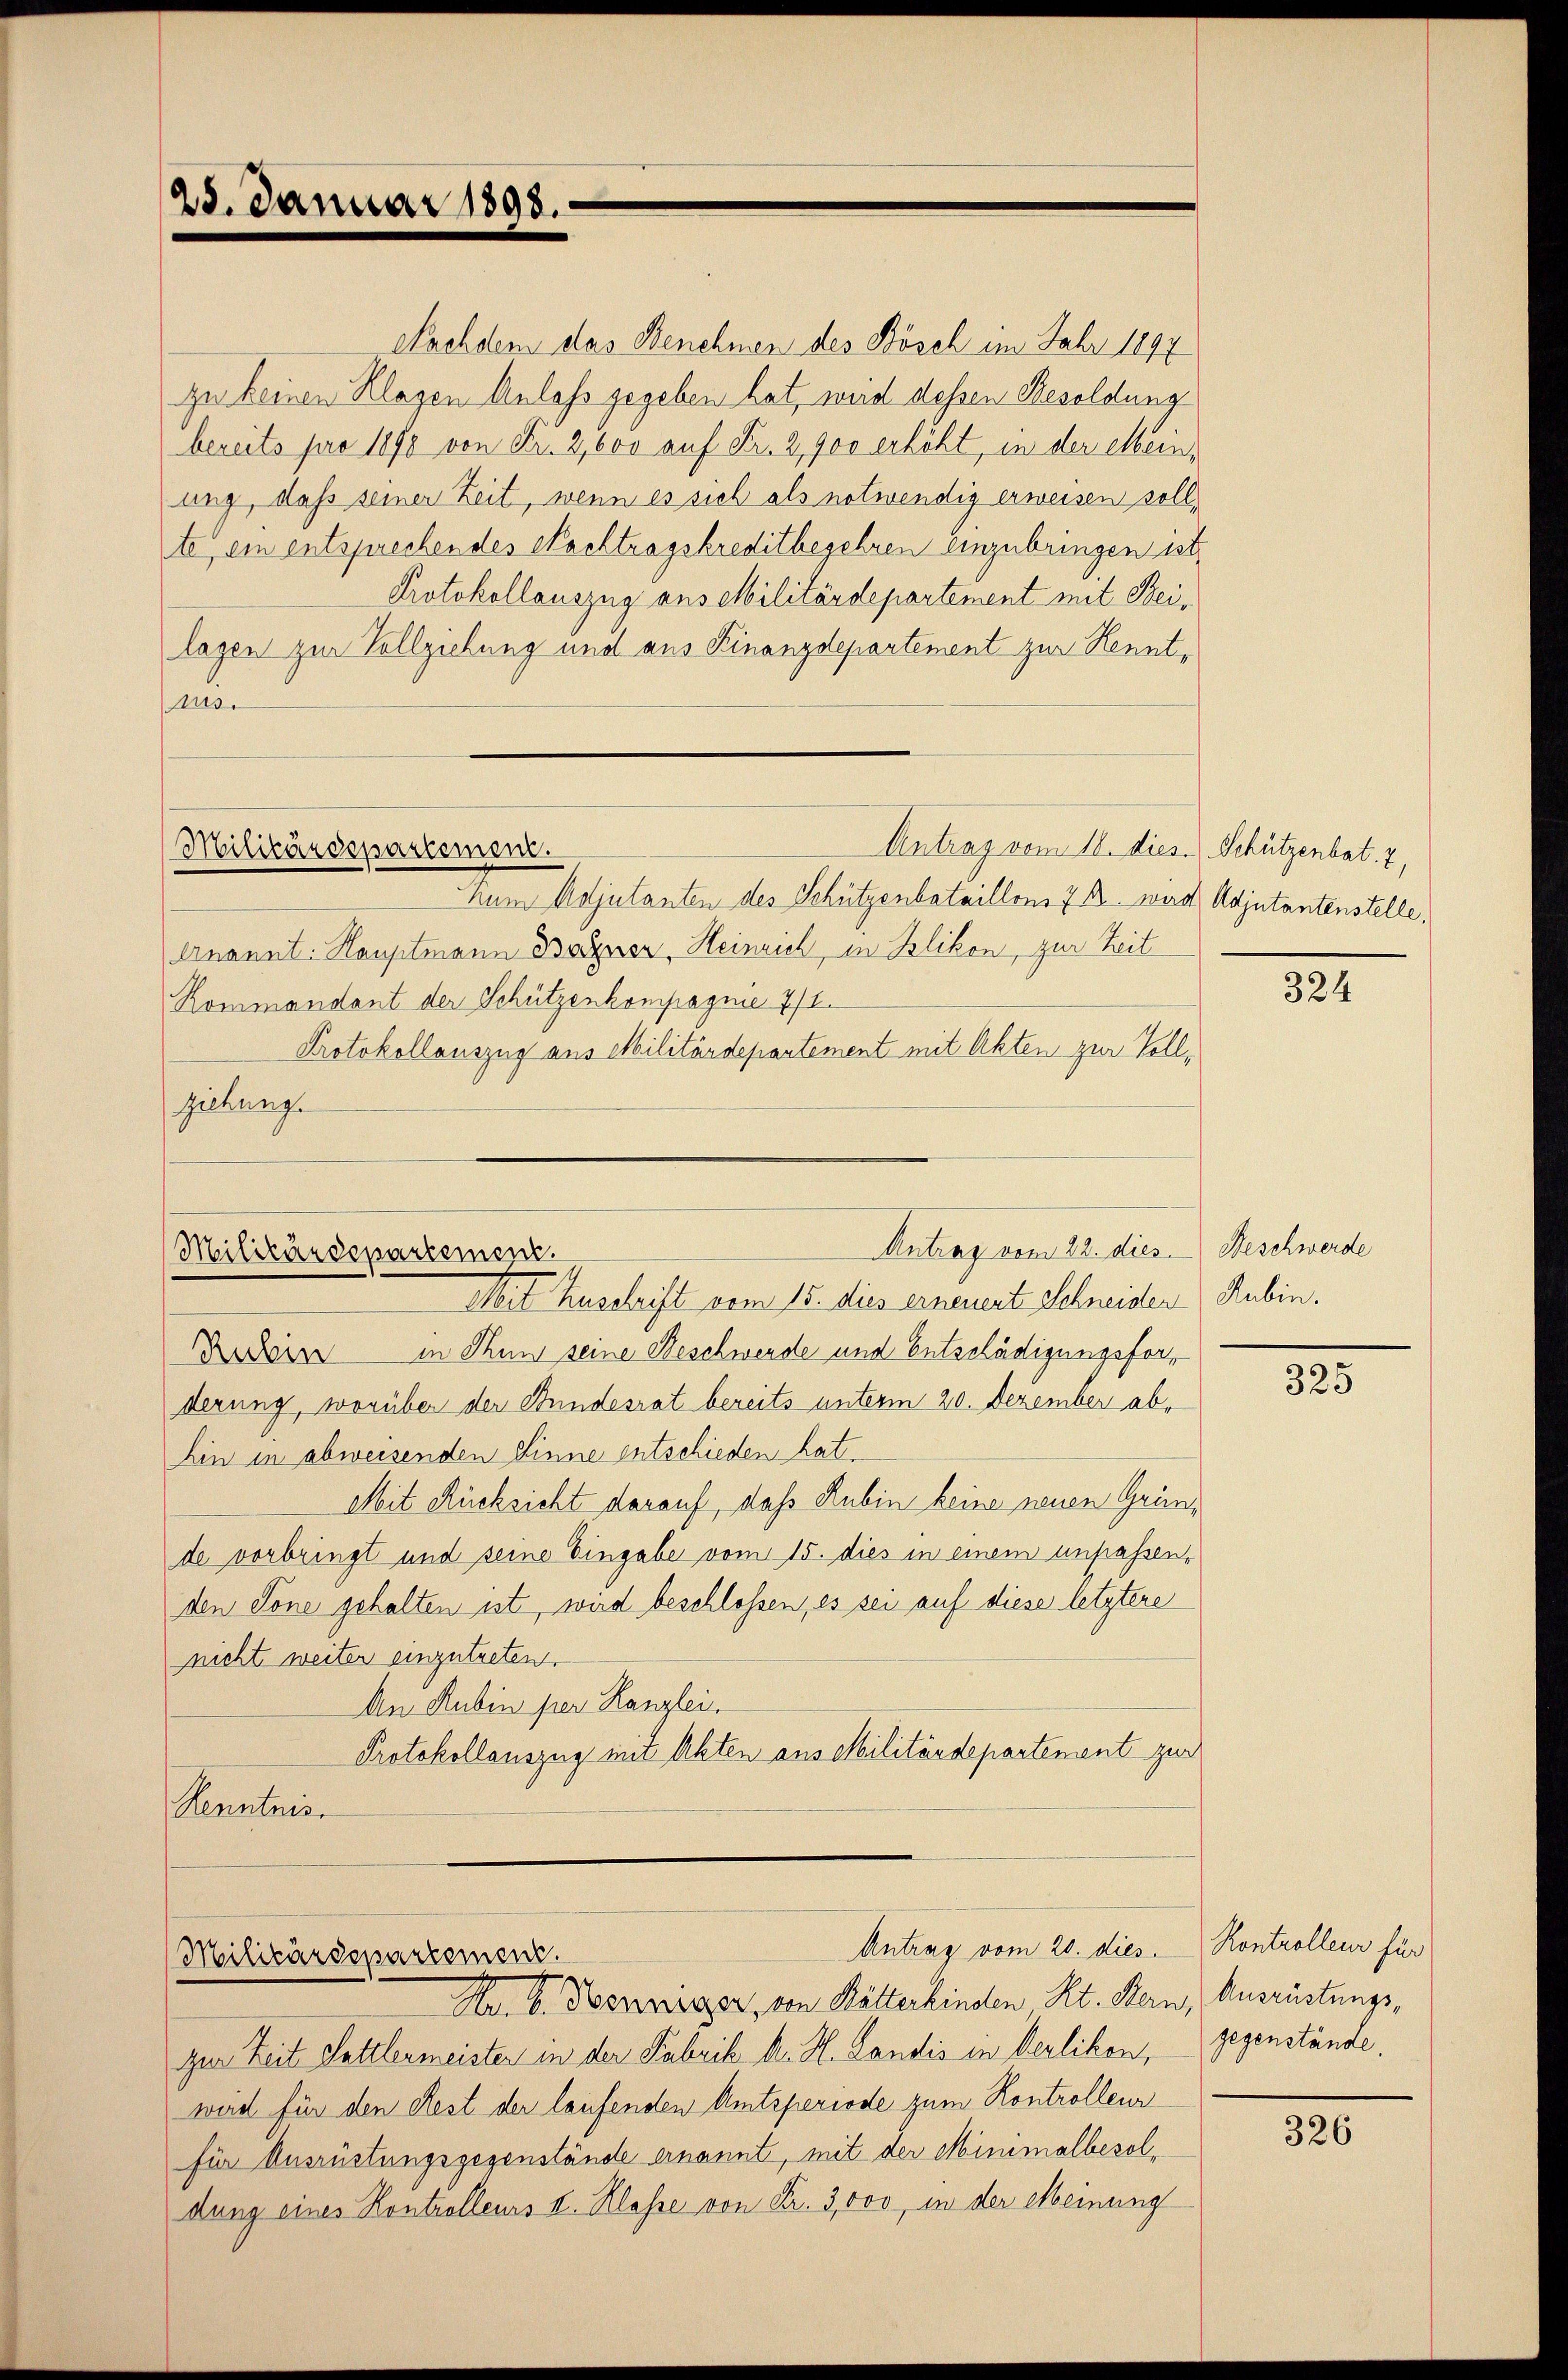
25. Januar 1898.

Militärdepartement.

Nachdem das Benehmen des Bösch im Jahr 1897
zu keinen Klagen Anlaß gegeben hat, wird dessen Besoldung
bereits pro 1890 von Fr. 2,000 auf Fr. 2,900 erhöht, in der Mein-
ung, daß seiner Zeit, wenn es sich als notwendig erweisen soll,
te, ein entsprechendes Nachtragskreditbegehren einzubringen ist,
Protokollauszug aus Militärdepartement mit Beilagen zur Vollziehung und aus Finanzdepartement zur Kennto.
Antrag vom 18. dies. Schützenbat. 7,
Num Adjutanten des Schützenbataillon 7 B. wird Adjutantenstelle,
Arnannt. Hauptmann Bozner, Heinrich, in Blikon, zur Zeit
Rommandant der Schützenkompagnie 7/1.
Protokollauszug aus Militärdepartement mit Akten zur Vollziehung.
Antrag vom 22. dies
Militärdepartement.
Mit Zuschrift vom 15. dies erneuert Schneider
D die in Thun seine Beschwerde und Entschädigungsforderung, worüber der Stundesrat bereits unterm 20. Dezember abhin in abweisenden Sinne entschieden hat.
Mit Rücksicht darauf, daß Rubin keine neuen Gründe vorbringt und seine Eingabe vom 15. dies in einem unpassenden Sone gehalten ist, wird beschlossen, es sei auf diese letztere
nicht weiter einzutreten.
An Rubin per Kanzlei.
Protokollauszug mit Akten aus Militärdepartement zur
Kenntnis

Antrag vom 20. dies. Kontrolleur für
Militärdepartement.
Nr. 6. Benniger, von Rötterkinden Kt. Bern, Ausrüstungs¬

zur Zeit Sattlermeister in der Fabrik A. H. Landis in Oerlikon, gegenstände,
wird für den Rest der laufenden Amtsperiode zum Kontrolleur
für Ausrüstungsgegenstände ernannt, mit der Minimalbesoldung eines Kontrolleurs I. Klasse von Fr. 3,000, in der Meinung

324

Beschwerde
Rubin.

325

326